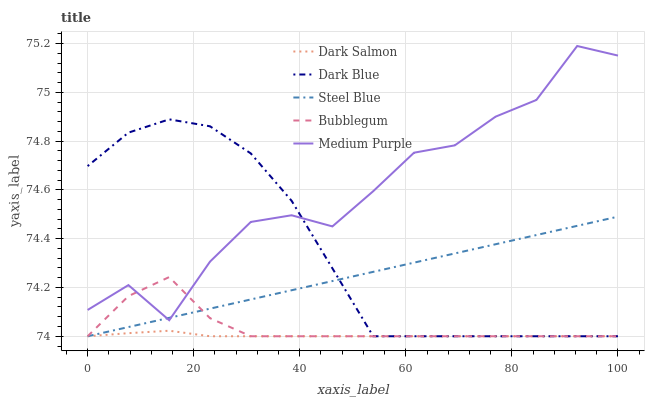
| xaxis_label | Dark Salmon | Dark Blue | Steel Blue | Bubblegum | Medium Purple |
 | --- | --- | --- | --- | --- | --- |
 | 0 | 74 | 74.7 | 74 | 74 | 74.1 |
 | 7.69 | 74 | 74.8 | 74 | 74.2 | 74.2 |
 | 15.4 | 74 | 74.9 | 74.1 | 74.2 | 74.1 |
 | 23.1 | 74 | 74.9 | 74.1 | 74.1 | 74.3 |
 | 30.8 | 74 | 74.7 | 74.2 | 74 | 74.5 |
 | 38.5 | 74 | 74.6 | 74.2 | 74 | 74.5 |
 | 46.2 | 74 | 74.3 | 74.2 | 74 | 74.5 |
 | 53.8 | 74 | 74 | 74.3 | 74 | 74.6 |
 | 61.5 | 74 | 74 | 74.3 | 74 | 74.8 |
 | 69.2 | 74 | 74 | 74.3 | 74 | 74.8 |
 | 76.9 | 74 | 74 | 74.4 | 74 | 74.9 |
 | 84.6 | 74 | 74 | 74.4 | 74 | 75 |
 | 92.3 | 74 | 74 | 74.5 | 74 | 75.2 |
 | 100 | 74 | 74 | 74.5 | 74 | 75.2 |